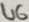
Text: U6